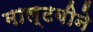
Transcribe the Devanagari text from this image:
माल्टबीने